Vital statistics of India. Vol. IV, Annual returns from 1871 to 1876. British Army of India, Native Army and jails of Bengal
Year: 1871
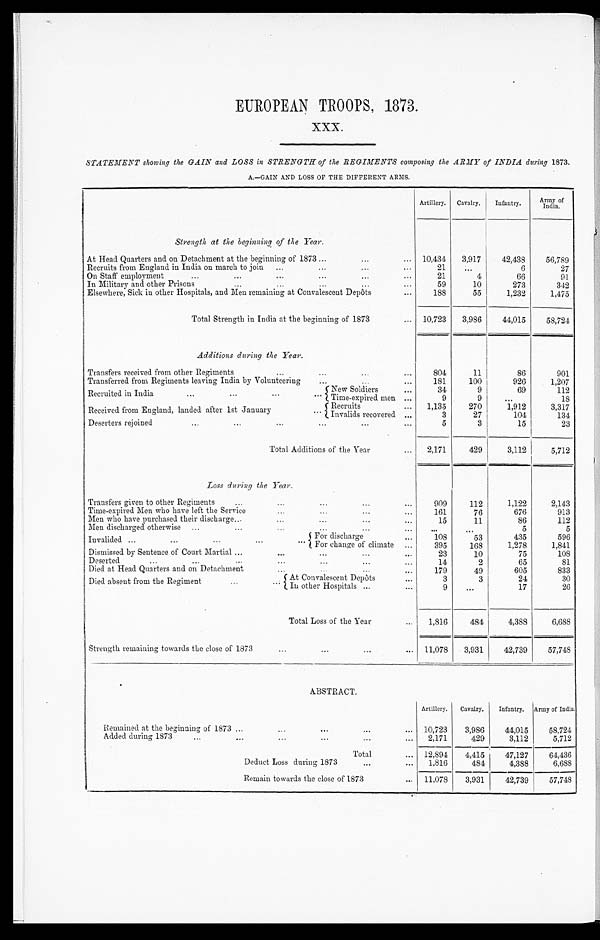
EUROPEAN TROOPS, 1873.
XXX.
STATEMENT showing the GAIN and LOSS in STRENGTH of the REGIMENTS composing the ARMY of INDIA during 1873.
A.—GAIN AND LOSS OF THE DIFFERENT ARMS.
Artillery.
Cavalry.
Infantry.
Ar my
o f I n d i a .
Strength at the beginning of the Year.
At Head Quarters and on Detachment at the beginning of 1873 . . .
10,434
3,917
42,438
56,789
Recruits from England in India on march to join . . .
2 1
. . .
6
27
On Staff employment . . .
21
4
66
91
In Military and other Prisons . . .
59
10
273
342
Elsewhere, Sick in other Hospitals, and Men remaining at Convalescent Depôts . . .
188
55
1,232
1,475
Total Strength in India at the beginning of 1873 . . .
10,723
3,986
44,015
58,724
Additions during the Year.
Transfers received from other Regiments . . .
804
11
86
901
Transferred from Regiments leaving India by Volunteering . . .
181
100
926
1,207
Recruited in India . . .
New Soldiers . . .
34
9
69
112
Time-expired men . . .
9
9
. . .
18
Received from England, landed after 1st January . . .
Recruits . . .
1,135
270
1,912
3,317
Invalids recovered . . .
3
27
104
134
Deserters rejoined . . .
5
3
15
23
Total Additions of the Year . . .
2,171
429
3,112
5,712
Loss during the Year.
Transfers given to other Regiments . . .
9 0 9
112
1,122
2,143
Time-expired Men who have left the Service . . .
1 6 1
76
676
913
Men who have purchased their discharge . . .
15
1 1
86
112
Men discharged otherwise . . .
. . .
. . .
5
5
Invalided . . .
For discharge . . .
108
53
435
596
For change climate . . .
395
168
1,278
1,841
Dismissed by Sentence of Court Martial . . .
23
10
75
108
Deserted . . .
14
2
65
81
Died at Head Quarters and on Detachment . . .
179
49
605
833
D i e d a b s e n t f r o m t h e R e g i m e n t . . .
At Convalescent Depôts . . .
3
3
24
30
In other Hospitals . . .
9
. . .
17
26
Total Loss of the Year
. . .
1,816
484
4,388
6,688
Strength remaining towards the close of 1873 . . .
11,078
3,931
42,739
57,748
ABSTRACT.
Artillery.
Cavalry.
Infantry.
Army of India.
R e m a i n e d a t t h e b e g i n n i n g o f 1 8 7 3 . . .
10,723
3,986
44,015
58,724
Added during 1873 . . .
2,171
429
3,112
5,712
Total . . .
12,894
4,415
47,127
64,436
Deduct Loss during 1873 . . .
1.816
484
4,388
6,688
Remain towards the close of 1873 . . .
11,078
3,931
42,739
57,748